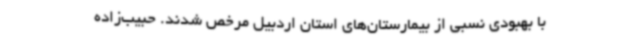
با بهبودی نسبی از بیمارستان‌های استان اردبیل مرخص شدند. حبیب‌زاده